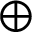
\oplus